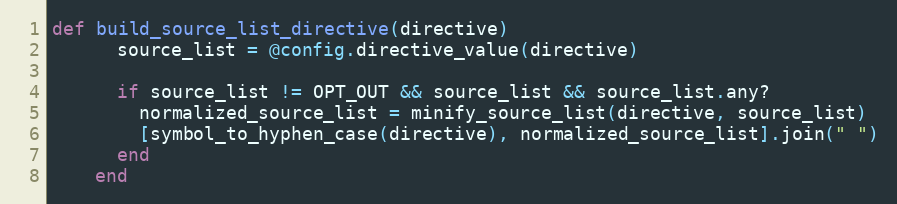
Language: Ruby
def build_source_list_directive(directive)
      source_list = @config.directive_value(directive)

      if source_list != OPT_OUT && source_list && source_list.any?
        normalized_source_list = minify_source_list(directive, source_list)
        [symbol_to_hyphen_case(directive), normalized_source_list].join(" ")
      end
    end